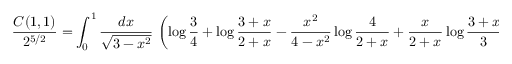
{ \frac { C ( 1 , 1 ) } { 2 ^ { 5 / 2 } } } = \int _ { 0 } ^ { 1 } \frac { d x } { \sqrt { 3 - x ^ { 2 } } } \, \left( \log \frac 3 4 + \log \frac { 3 + x } { 2 + x } - \frac { x ^ { 2 } } { 4 - x ^ { 2 } } \log \frac { 4 } { 2 + x } + \frac { x } { 2 + x } \log \frac { 3 + x } { 3 } \right)